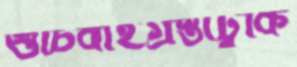
শুচিবাইগ্রস্তাঢুকি